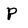
Character: P